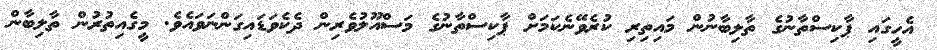
އެހީގައި ޕާކިސްތާނުގެ ތާލިބާނުން މައިތިރި ކުރެވޭނެކަމަށް ޕާކިސްތާނުގެ މަސްއޫލުވެރިން ދެކެވަޑައިގަންނަވައެވެ. މީގެއިތުރުން ތާލިބާން